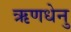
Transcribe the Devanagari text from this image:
ऋणधेनु